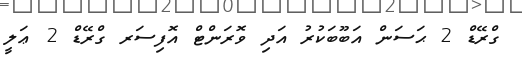
ގްރޭޑް 2 ޙަސަން އަބޫބަކުރު އަދި ވޮރަންޓް އޮފިސަރ ގްރޭޑް 2 ޢަލީ